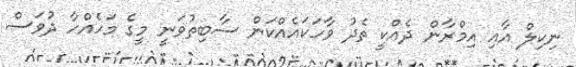
ނިކިލް އާއި އިމްރާން ދެއްކީ ތެދު ވާހަކައެއްކަން ސާބިތުވަނީ މީގެ މަހެއްހާ ދުވަސް